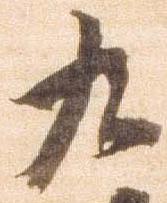
九